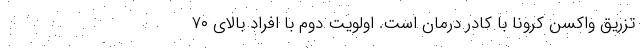
تزریق واکسن کرونا با کادر درمان است. اولویت دوم با افراد بالای ۷۰